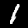
Digit: 1